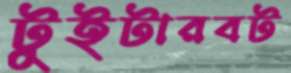
টুইটারবট